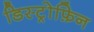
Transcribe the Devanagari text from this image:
डिस्ट्रोफ़िन